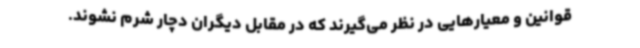
قوانین و معیارهایی در نظر می‌گیرند که در مقابل دیگران دچار شرم نشوند.